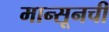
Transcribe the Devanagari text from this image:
मान्सूनची